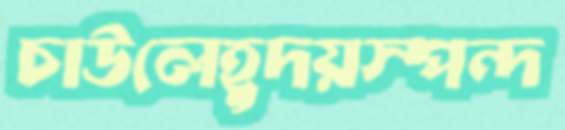
চাউলেহূদয়স্পন্দ